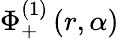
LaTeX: \Phi_{+}^{(1)}\left(r,\alpha\right)